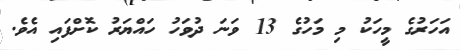
އަހަރުގެ މީހަކު މި މަހުގެ 13 ވަނަ ދުވަހު ހައްޔަރު ކޮށްފައި އެވެ.